Civil Veterinary Department Bengal reports 1923-33 - 1923-1933
Year: 1923
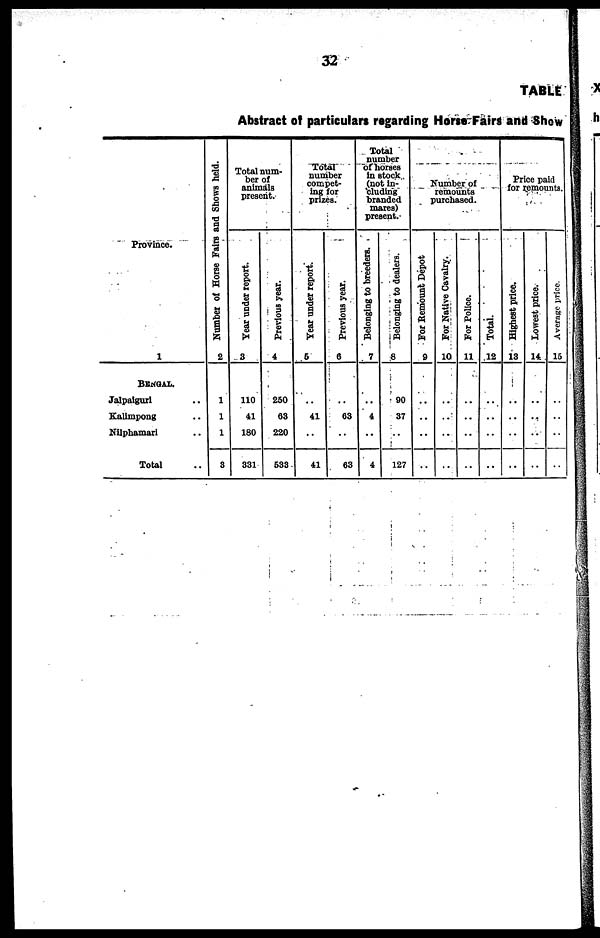
32
TABLE
Abstract of particulars regarding Horse Fairs and Show
Province.
1
BENGAL.
Jalpaiguri ..
Kalimpong ..
Nilphamari ..
Total ..
Number of Horse Fairs and Shows held.
2
1
1
1
8
Total num-
ber of
animals
present.
Year under report.
3
110
41
180
331
Previous year.
4
260
63
220
533
Total
number
compet-
ing for
prizes.
Year under report.
5
..
41
..
41
Previous year.
6
..
63
..
63
Total
number
of bones
in stock
(not in-
cluding
branded
mares)
present.
Belonging to breeders.
7
..
4
..
4
Belonging to dealers.
8
90
37
..
127
Number of
remounts
purchased.
For Remount Depot
9
..
..
..
..
For Native Cavalry.
10
..
..
..
..
For Police.
11
..
..
..
..
Total.
12
..
..
..
..
Price paid
for remounts.
Highest price.
18
..
..
..
..
Lowest price.
14
..
..
..
..
Average price.
15
..
..
..
..